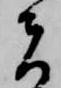
者